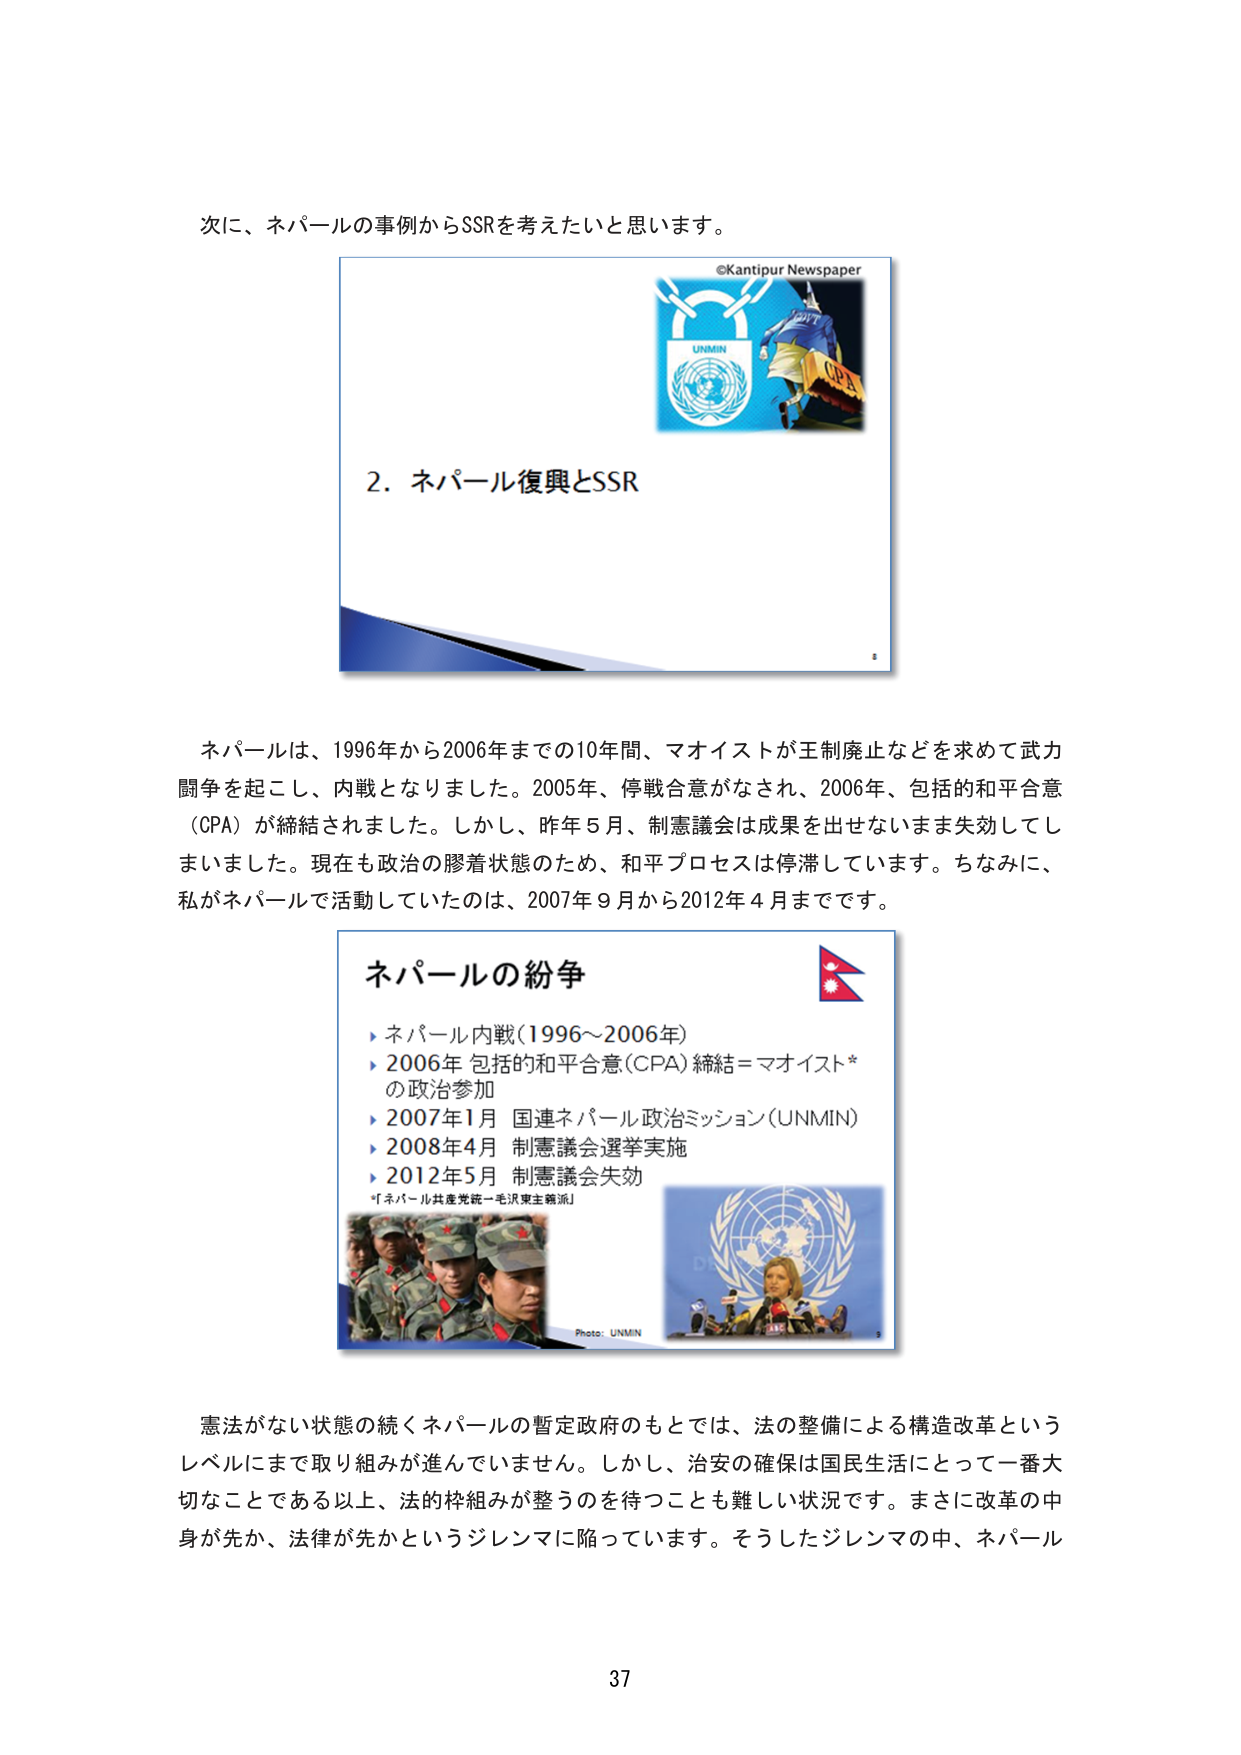
次に、ネパールの事例からSSRを考えたいと思います。

©Kantipur Newspaper
UNMIN
CPA

2. ネパール復興とSSR

ネパールは、1996年から2006年までの10年間、マオイストが王制廃止などを求めて武力闘争を起こし、内戦となりました。2005年、停戦合意がなされ、2006年、包括的和平合意（CPA）が締結されました。しかし、昨年5月、制憲議会は成果を出せないまま失効してしまいました。現在も政治の膠着状態のため、和平プロセスは停滞しています。ちなみに、私がネパールで活動していたのは、2007年9月から2012年4月までです。

ネパールの紛争
▶ ネパール内戦（1996～2006年）
▶ 2006年 包括的和平合意（CPA）締結＝マオイスト*の政治参加
▶ 2007年1月 国連ネパール政治ミッション（UNMIN）
▶ 2008年4月 制憲議会選挙実施
▶ 2012年5月 制憲議会失効
「ネパール共産党統一毛沢東主義派」
Photo: UNMIN

憲法がない状態の続くネパールの暫定政府のもとでは、法の整備による構造改革というレベルにまで取り組みが進んでいません。しかし、治安の確保は国民生活にとって一番大切なことである以上、法的枠組みが整うのを待つことも難しい状況です。まさに改革の中身が先か、法律が先かというジレンマに陥っています。そうしたジレンマの中、ネパール

37